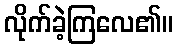
လိုက်ခဲ့ကြလေ၏။